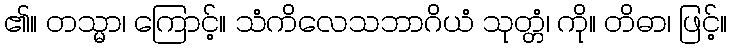
၏။ တသ္မာ၊ ကြောင့်။ သံကိလေသဘာဂိယံ သုတ္တံ၊ ကို။ တိဓာ၊ ဖြင့်။